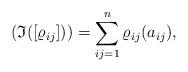
LaTeX: \begin{align*} \left( \mathfrak{I}([\varrho_{ij}])\right) = \sum_{ij=1}^n \varrho_{ij}(a_{ij}), \end{align*}